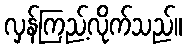
လှန်ကြည့်လိုက်သည်။